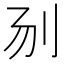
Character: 𰄝